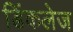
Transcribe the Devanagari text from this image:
डिंकलेज